Report of the Indian Hemp Drugs Commission, 1894-1895 - Volume V
Year: 1894
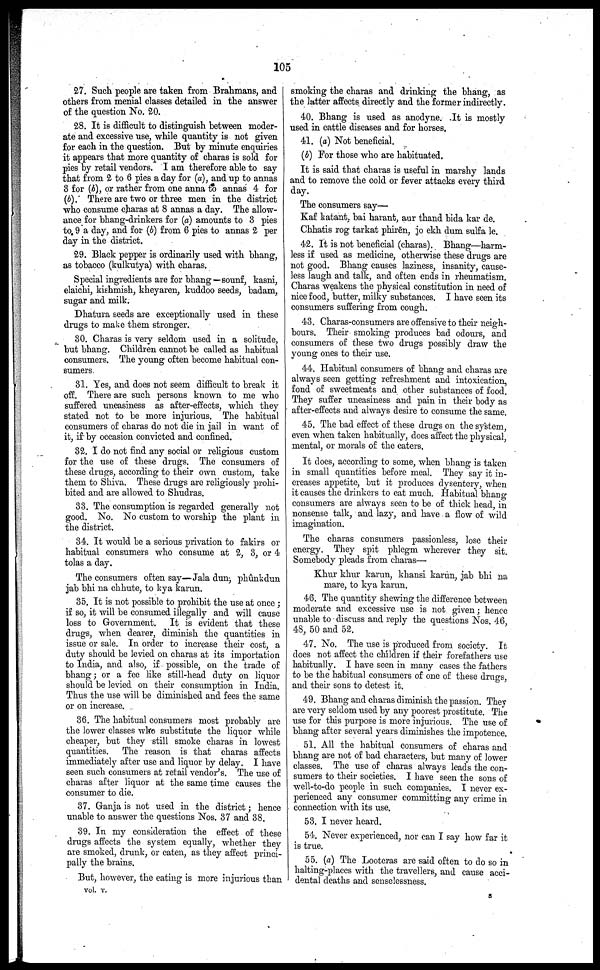
105
27. Such people are taken from Brahmans, and
others from menial classes detailed in the answer
of the question No. 20.
28. It is difficult to distinguish between moder-
ate and excessive use, while quantity is not given
for each in the question. But by minute enquiries
it appears that more quantity of charas is sold for
pies by retail vendors. I am therefore able to say
that from 2 to 6 pies a day for (a), and up to annas
8 for (b), or rather from one anna to annas 4 for
(b). There are two or three men in the district
who consume charas at 8 annas a day. The allow-
ance for bhang-drinkers for (a) amounts to 3 pies
to 9 a day, and for (b) from 6 pies to annas 2 per
day in the district.
29. Black pepper is ordinarily used with bhang,
as tobacco (kulkutya) with charas.
Special ingredients are for bhang—sounf, kasni,
elaichi, kishmish, kheyaren, kuddoo seeds, badam,
sugar and milk.
Dhatura seeds are exceptionally used in these
drugs to make them stronger.
30. Charas is very seldom used in a solitude,
but bhang. Children cannot be called as habitual
consumers. The young often become habitual con-
sumers.
31. Yes, and does not seem difficult to break it
off. There are such persons known to me who
suffered uneasiness as after-effects, which they
stated not to be more injurious. The habitual
consumers of charas do not die in jail in want of
it, if by occasion convicted and confined.
32. I do not find any social or religious custom
for the use of these drugs. The consumers of
these drugs, according to their own custom, take
them to Shiva. These drugs are religiously prohi-
bited and are allowed to Shudras.
33. The consumption is regarded generally not
good. No. No custom to worship the plant in
the district.
34. It would be a serious privation to fakirs or
habitual consumers who consume at 2, 3, or 4
tolas a day.
The consumers often say—Jala dun; phûnkdun
jab bhi na chhute, to kya karun.
35. It is not possible to prohibit the use at once;
if so, it will be consumed illegally and will cause
loss to Government. It is evident that these
drugs, when dearer, diminish the quantities in
issue or sale. In order to increase their cost, a
duty should be levied on charas at its importation
to India, and also, if possible, on the trade of
bhang; or a fee like still-head duty on liquor
should be levied on their consumption in India.
Thus the use will be diminished and fees the same
or on increase.
36. The habitual consumers most probably are
the lower classes who substitute the liquor while
cheaper, but they still smoke charas in lowest
quantities. The reason is that charas affects
immediately after use and liquor by delay. I have
seen such consumers at retail vendor's. The use of
charas after liquor at the same time causes the
consumer to die.
37. Ganja is not used in the district; hence
unable to answer the questions Nos. 37 and 38.
39. In my consideration the effect of these
drugs affects the system equally, whether they
are smoked, drunk, or eaten, as they affect princi-
pally the brains.
But, however, the eating is more injurious than
smoking the charas and drinking the bhang, as
the latter affects directly and the former indirectly.
40. Bhang is used as anodyne. It is mostly
used in cattle diseases and for horses.
41. (a) Not beneficial.
(b) For those who are habituated.
It is said that charas is useful in marshy lands
and to remove the cold or fever attacks every third
day.
The consumers say—
Kaf katant, bai harant, aur thand bida kar de.
Chhatis rog tarkat phirēn, jo ekh dum sulfa le.
42. It is not beneficial (charas). Bhang—harm
less if used as medicine, otherwise these drags are
not good. Bhang causes laziness, insanity, cause
less laugh and talk, and often ends in rheumatism.
Charas weakens the physical constitution in need of
nice food, butter, milky substances. I have seen its
consumers suffering from cough.
43. Charas-consumers are offensive to their neigh
bours. Their smoking produces bad odours, and
consumers of these two drags possibly draw the
young ones to their use.
44. Habitual consumers of bhang and charas are
always seen getting refreshment and intoxication,
fond of sweetmeats and other substances of food.
They suffer uneasiness and pain in their body as
after-effects and always desire to consume the same.
45. The bad effect of these drugs on the system,
even when taken habitually, does affect the physical,
mental, or morals of the eaters.
It does, according to some, when bhang is taken
in small quantities before meal. They say it in
creases appetite, but it produces dysentery, when
it causes the drinkers to eat much. Habitual bhang
consumers are always seen to be of thick head, in
nonsense talk, and lazy, and have a flow of wild
imagination.
The charas consumers passionless, lose their
energy. They spit phlegm wherever they sit.
Somebody pleads from charas—
Khur khur karun, khansi karun, jab bhi na
mare, to kya karun.
46. The quantity shewing the difference between
moderate and excessive use is not given; hence
unable to discuss and reply the questions Nos. 46,
48, 50 and 52.
47. No. The use is produced from society. It
does not affect the chíldren if their forefathers use
habitually. I have seen in many cases the fathers
to be the habitual consumers of one of these drugs,
and their sons to detest it.
49. Bhang and charas diminish the passion. They
are very seldom used by any poorest prostitute. The
use for this purpose is more injurious. The use of
bhang after several years diminishes the impotence.
51. All the habitual consumers of charas and
bhang are not of bad characters, but many of lower
classes. The use of charas always leads the con-
sumers to their societies. I have seen the sons of
well-to-do people in such companies. I never ex-
perienced any consumer committing any crime in
connection with its use.
53. I never heard.
54. Never experienced, nor can I say how far it
is true.
55. (a) The Looteras are said often to do so in
halting-places with the travellers, and cause acci-
dental deaths and senselessness.
vol. v.
8